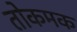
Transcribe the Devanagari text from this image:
तोकमक